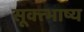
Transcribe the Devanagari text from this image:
सूक्त्भाष्य